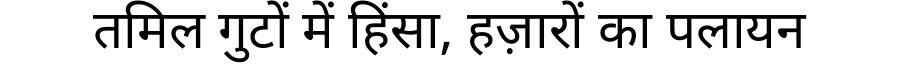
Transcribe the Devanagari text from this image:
तमिल गुटों में हिंसा, हज़ारों का पलायन